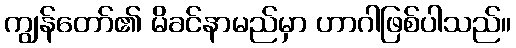
ကျွန်တော်၏ မိခင်နာမည်မှာ ဟာဂါဖြစ်ပါသည်။